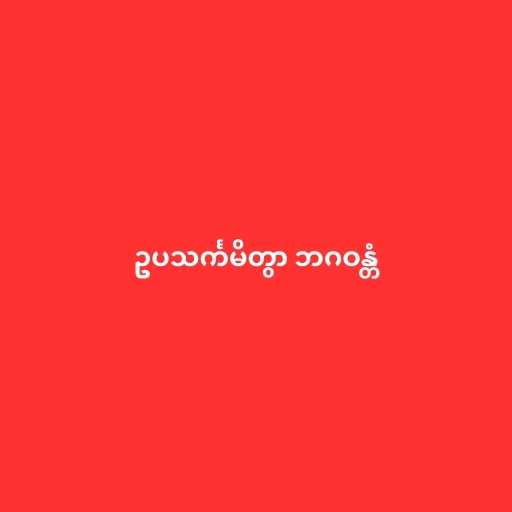
ဥပသင်္ကမိတွာ ဘဂဝန္တံ